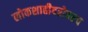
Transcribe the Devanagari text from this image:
लोकशाहीबरोबरच